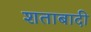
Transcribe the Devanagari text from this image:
शताबादी